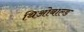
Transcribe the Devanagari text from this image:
थिओबाल्ड